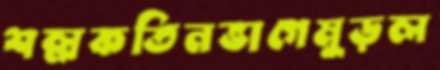
শল্লকতিনভাগেমুড়ল